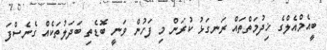
ބީއެމްއެލްގެ ޚިދުމަތްތައް ރަނގަޅު ކުރަން މި ފަހުން ވަނީ ބޮޑެތި ބަދަލުތަކެއް ގެނެސްފަ